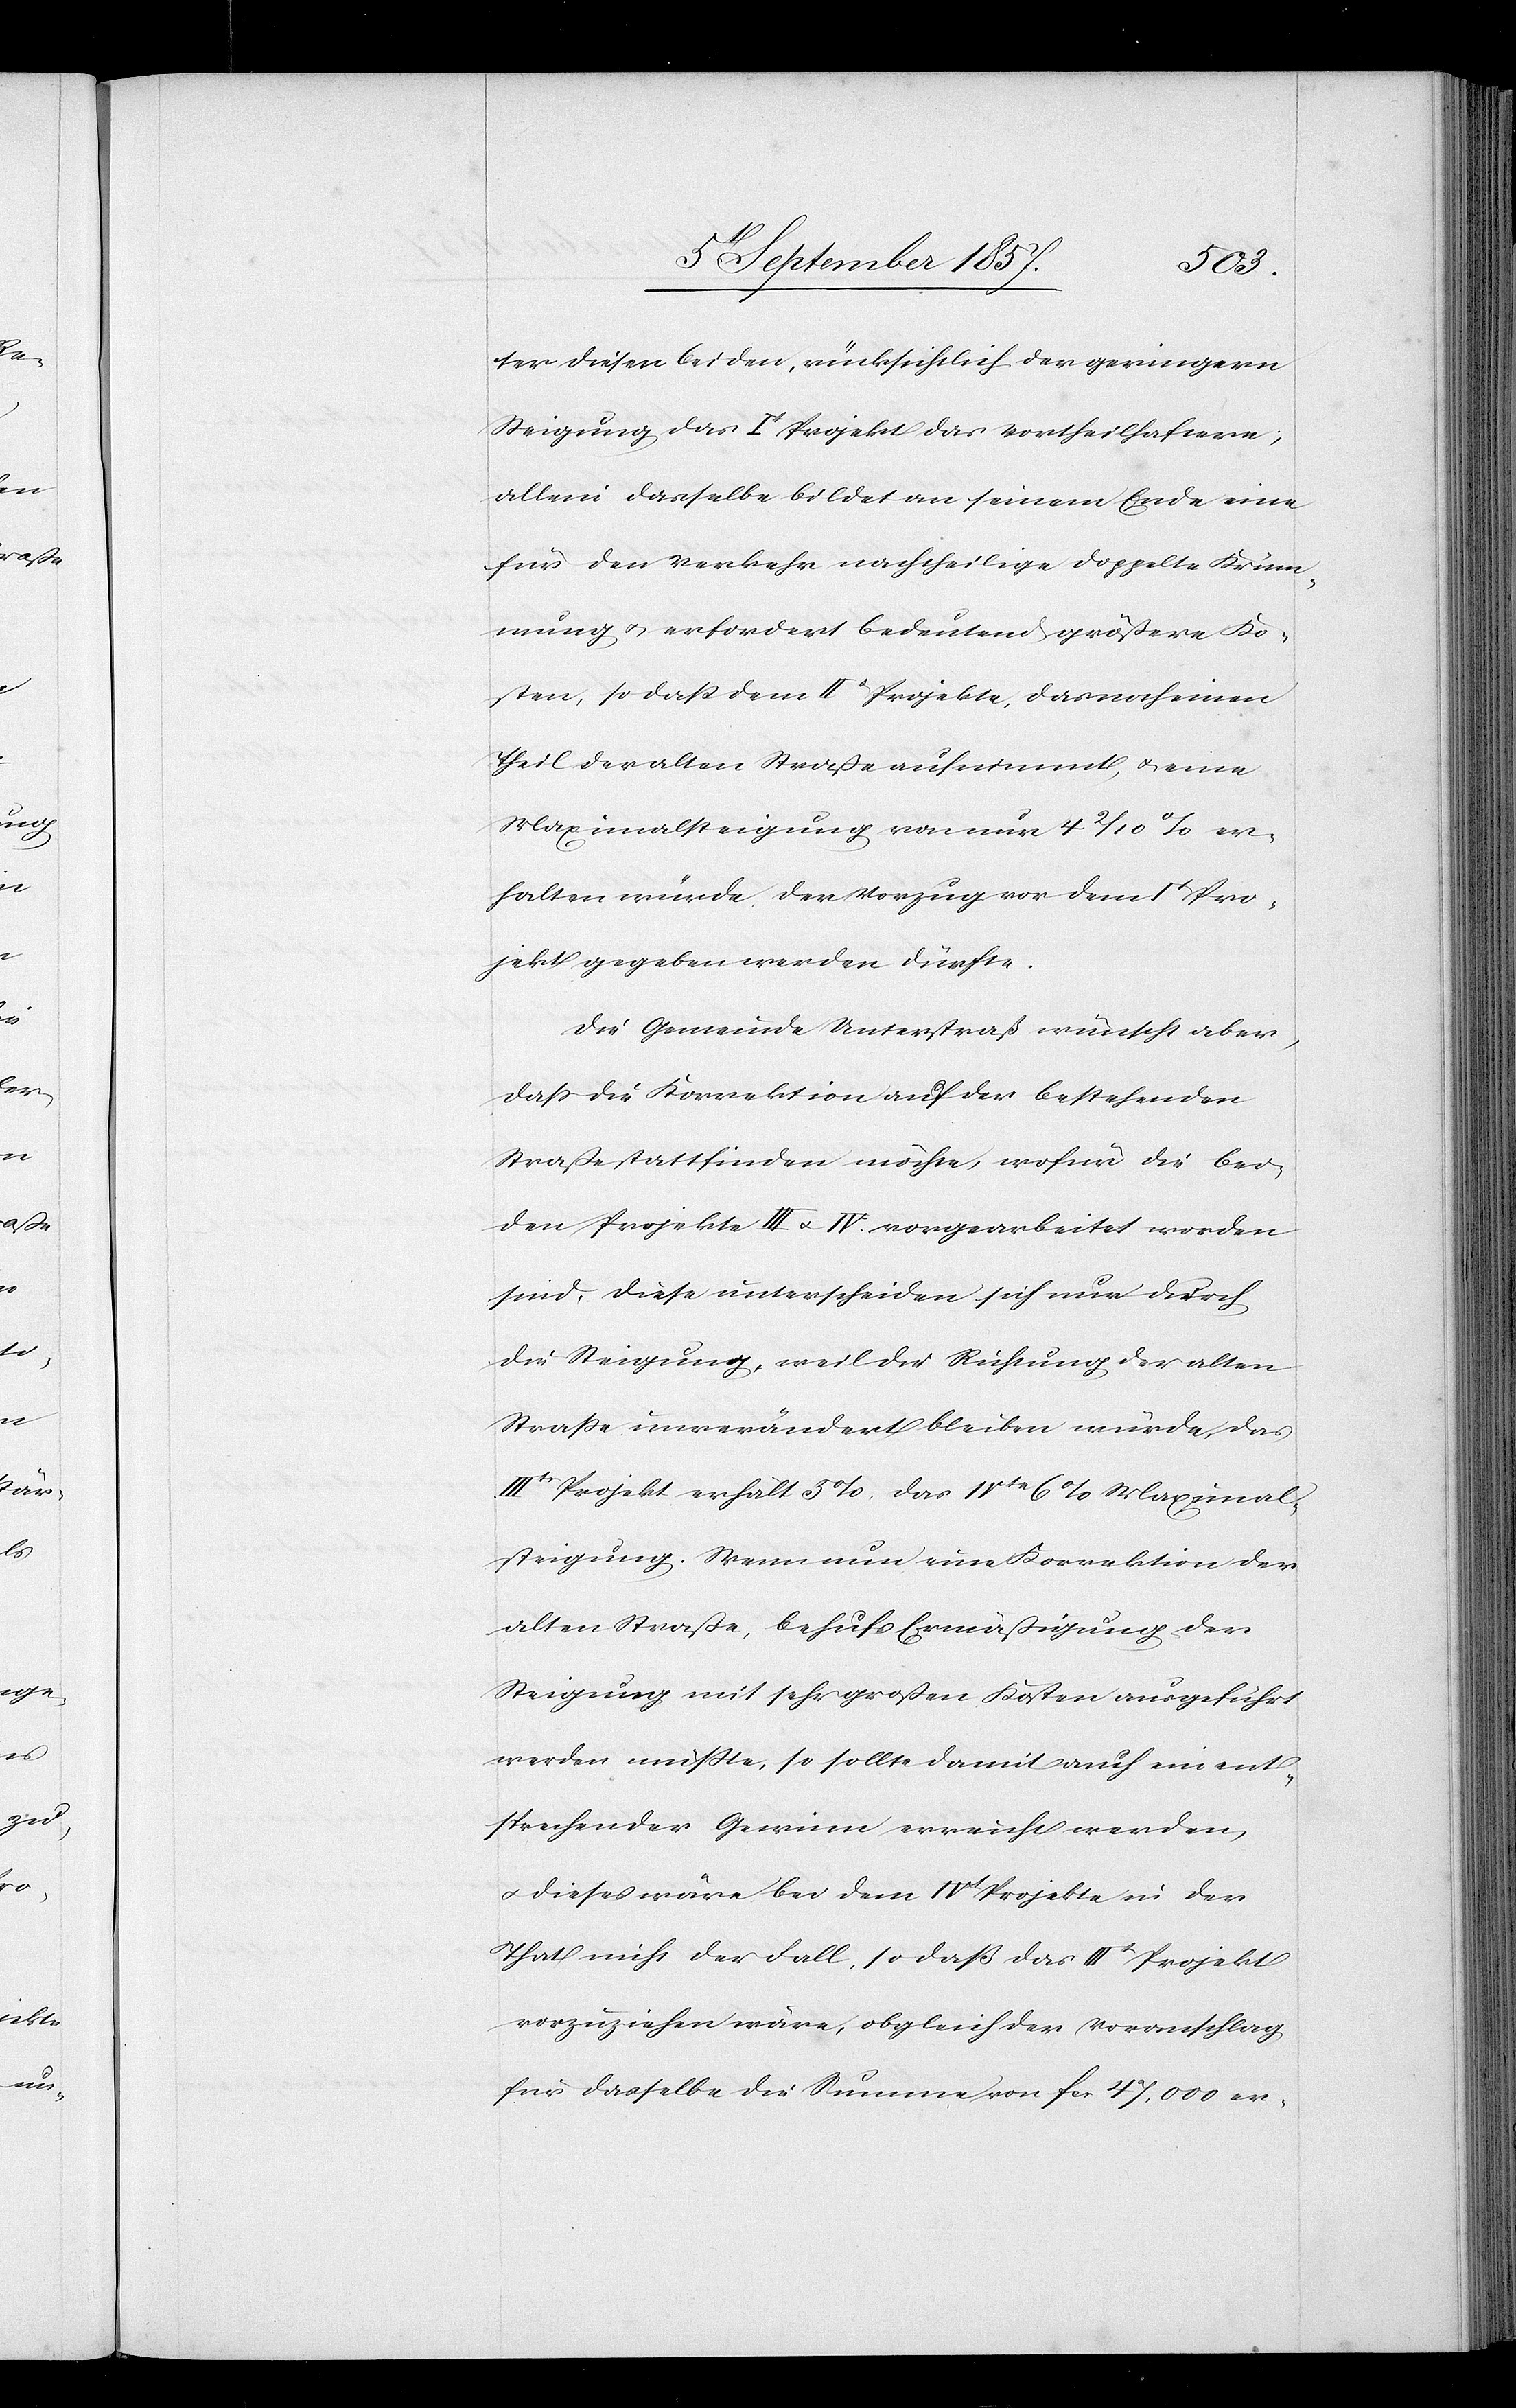
ter diesen beiden, rücksichtlich der geringern
Steigung das It Projekt das vortheilhaftere;
allein dasselbe bildet an seinem Ende eine
für den Verkehr nachtheilige doppelte Krüm¬
mung & erfordert bedeutend größere Ko¬
sten, so daß dem IIIt Projekte, das noch einen
Theil der alten Straße auf einmal, & eine
Maximalsteigung von nur 4 2/10% er¬
halten würde, der Vorzug vor dem It Pro¬
jekt gegeben werden dürfte.
Die Gemeinde Unterstraß wüscht aber,
daß die Korrektion auf der bestehenden
Straße stattfinden möchte, wofür die bei¬
den Projekte III & IV. vorgearbeitet worden
sind, diese unterscheiden sich nur durch
die Steigung, weil die Richtung der alten
Straße unverändert bleiben würde, das
IIIte Projekt erhält 3%, das IVte 6% Maximal¬
steigung. Wenn nun eine Korrektion der
alten Straße, behufs Ermäßigung der
Steigung mit sehr großen Kosten ausgeführt
werden müßte, so sollte damit auch ein ent¬
sprechender Gewinn erreicht werden,
& dieses wäre bei dem IVt Projekte in der
That nicht der Fall, so daß das IIIt Projekt
vorzuziehen wäre, obgleich der Voranschlag
für dasselbe die Summe von fcs. 47,000 er-